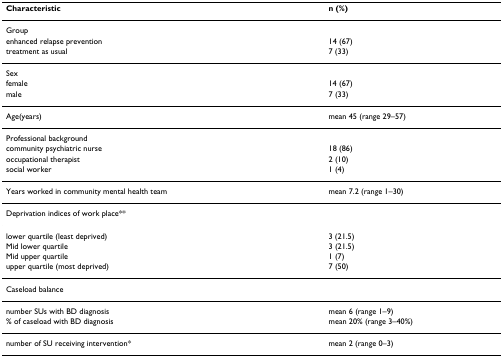
<table><thead><tr><td><b>Characteristic</b></td><td><b>n (%)</b></td></tr></thead><tbody><tr><td>Group</td><td></td></tr><tr><td>enhanced relapse prevention</td><td>14 (67)</td></tr><tr><td>treatment as usual</td><td>7 (33)</td></tr><tr><td>Sex</td><td></td></tr><tr><td>female</td><td>14 (67)</td></tr><tr><td>male</td><td>7 (33)</td></tr><tr><td>Age(years)</td><td>mean 45 (range 29–57)</td></tr><tr><td>Professional background</td><td></td></tr><tr><td>community psychiatric nurse</td><td>18 (86)</td></tr><tr><td>occupational therapist</td><td>2 (10)</td></tr><tr><td>social worker</td><td>1 (4)</td></tr><tr><td>Years worked in community mental health team</td><td>mean 7.2 (range 1–30)</td></tr><tr><td>Deprivation indices of work place**</td><td></td></tr><tr><td>lower quartile (least deprived)</td><td>3 (21.5)</td></tr><tr><td>Mid lower quartile</td><td>3 (21.5)</td></tr><tr><td>Mid upper quartile</td><td>1 (7)</td></tr><tr><td>upper quartile (most deprived)</td><td>7 (50)</td></tr><tr><td>Caseload balance</td><td></td></tr><tr><td>number SUs with BD diagnosis</td><td>mean 6 (range 1–9)</td></tr><tr><td>% of caseload with BD diagnosis</td><td>mean 20% (range 3–40%)</td></tr><tr><td>number of SU receiving intervention*</td><td>mean 2 (range 0–3)</td></tr></tbody></table>